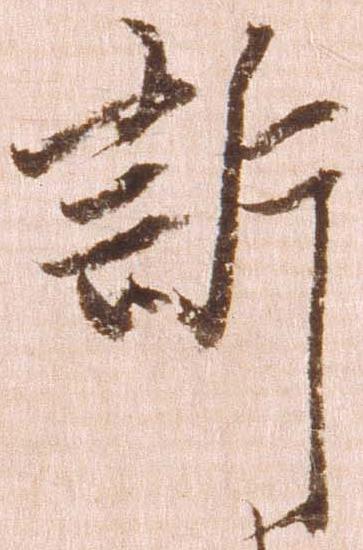
訴